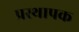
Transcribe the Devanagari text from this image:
प्रस्थापक